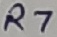
Text: R7